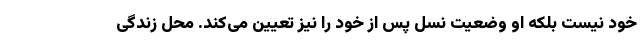
خود نیست بلکه او وضعیت نسل پس از خود را نیز تعیین می‌کند. محل زندگی